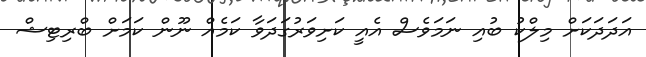
އަދަދަކަށް މިލްކު ބުއި ނަމަވެސް އެއީ ކަށިވަރުގަދަވާ ކަމެއް ނޫން ކަމަށް ބްރިޓިޝް